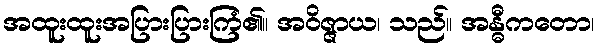
အထူးထူးအပြားပြားကြံ၏။ အဝိဇ္ဇာယ၊ သည်။ အန္ဓီကတော၊